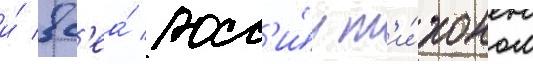
и́ вс'еа́ росс'и́и т'и́хоном